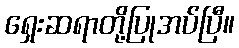
ရှေးဆရာတို့ပြုအပ်ပြီ။